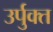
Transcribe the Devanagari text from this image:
उर्पुक्त